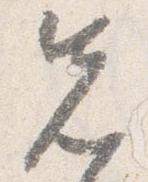
先